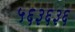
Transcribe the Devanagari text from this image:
५६३६३६